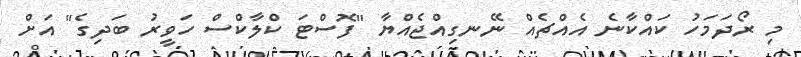
މި ރޯދަމަހު ކައްކާނެ އެއްޗެއް ނޭނގިއްޖެއްޔާ "ފޮސްޓަ ކްލާކްސް ހަވީރު ބަދިގެ" އަށް